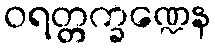
ဝရတ္တက္ခဏ္ဍေန